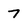
Character: 7